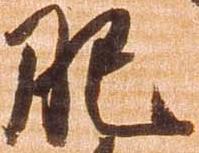
肥